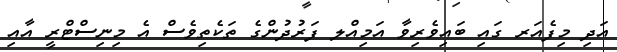
އަދި މިފެއަރ ގައި ބައިވެރިވާ އަމިއްލ ފަރުދުންގެ ތަކެތިވެސް އެ މިނިސްޓްރީ އާއި